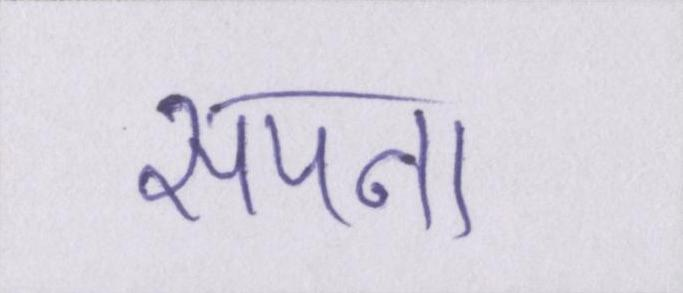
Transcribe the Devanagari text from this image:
सपना